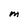
Character: M